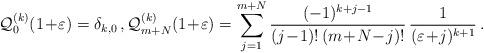
LaTeX: \begin{align*}\mathcal{Q}_0^{(k)}(1\!+\!\varepsilon)= \delta_{k,0}\,,\mathcal{Q}_{m+N}^{(k)}(1\!+\!\varepsilon)=\sum_{j=1}^{m+N}\frac{(-1)^{k+j-1}}{(j\!-\!1)!\,(m\!+\!N\!-\!j)!}\,\frac{1}{(\varepsilon\!+\!j)^{k+1}}\,. \end{align*}